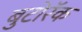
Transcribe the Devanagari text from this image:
बुटोरॅक